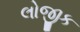
લોજીક